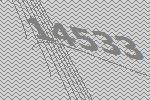
14533